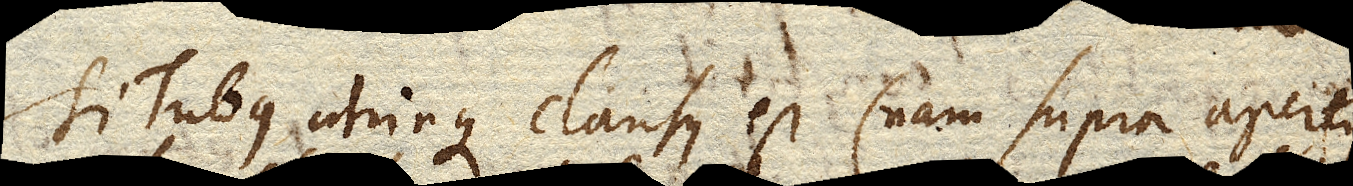
si Tubus utrinque clausus est (nam supra apertus